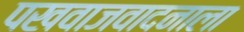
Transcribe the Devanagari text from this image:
पखवाजवादनाला